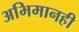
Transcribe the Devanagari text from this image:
अभिमानही